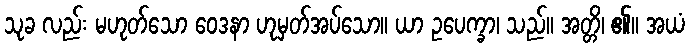
သုခ လည်း မဟုတ်သော ဝေဒနာ ဟုမှတ်အပ်သော။ ယာ ဥပေက္ခာ၊ သည်။ အတ္တိ၊ ၏။ အယံ